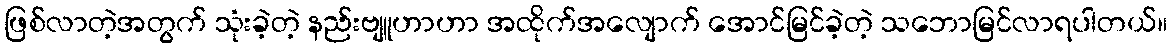
ဖြစ်လာတဲ့အတွက် သုံးခဲ့တဲ့ နည်းဗျူဟာဟာ အထိုက်အလျောက် အောင်မြင်ခဲ့တဲ့ သဘောမြင်လာရပါတယ်။